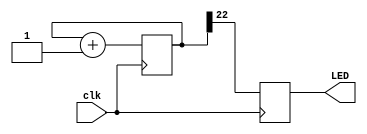
module LEDBlink(
  input clk,
  output reg LED
);

reg [31:0] cnt;

always @(posedge clk) begin 
    cnt <= cnt + 1;
    LED <= cnt[22];
end

endmodule